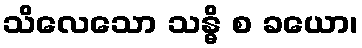
သိလေသော သန္ဓိ စ ခယော၊